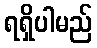
ရရှိပါမည်